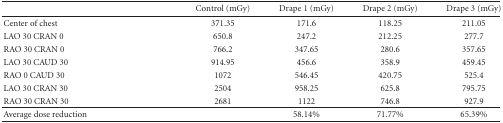
<table><thead><tr><td><b> </b></td><td><b>Control (mGy)</b></td><td><b>Drape 1 (mGy)</b></td><td><b>Drape 2 (mGy)</b></td><td><b>Drape 3 (mGy)</b></td></tr></thead><tbody><tr><td>Center of chest</td><td>371.35</td><td>171.6</td><td>118.25</td><td>211.05</td></tr><tr><td>LAO 30 CRAN 0</td><td>650.8</td><td>247.2</td><td>212.25</td><td>277.7</td></tr><tr><td>RAO 30 CRAN 0</td><td>766.2</td><td>347.65</td><td>280.6</td><td>357.65</td></tr><tr><td>LAO 30 CAUD 30</td><td>914.95</td><td>456.6</td><td>358.9</td><td>459.45</td></tr><tr><td>RAO 0 CAUD 30</td><td>1072</td><td>546.45</td><td>420.75</td><td>525.4</td></tr><tr><td>LAO 30 CRAN 30</td><td>2504</td><td>958.25</td><td>625.8</td><td>795.75</td></tr><tr><td>RAO 30 CRAN 30</td><td>2681</td><td>1122</td><td>746.8</td><td>927.9</td></tr><tr><td>Average dose reduction</td><td><b> </b></td><td>58.14%</td><td>71.77%</td><td>65.39%</td></tr></tbody></table>